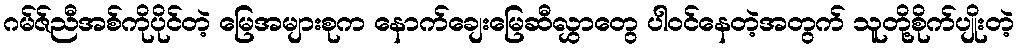
ဂမ်ဇ်ညီအစ်ကိုပိုင်တဲ့ မြေအများစုက နောက်ချေးမြေဆီလွှာတွေ ပါဝင်နေတဲ့အတွက် သူတို့စိုက်ပျိုးတဲ့